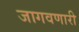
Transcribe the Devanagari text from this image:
जागवणारी